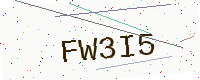
Text: FW3I5